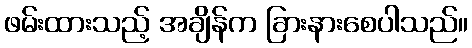
ဖမ်းထားသည့် အချိန်က ခြားနားစေပါသည်။